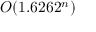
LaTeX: O ( 1 . 6 2 6 2 ^ { n } )